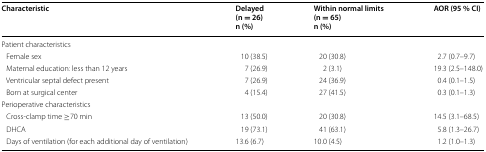
| Characteristic | Delayed(n = 26)n (%) | Within normal limits(n = 65)n (%) | AOR (95 % CI) |
 | --- | --- | --- | --- |
 | <COLSPAN=4> Patient characteristics |
 | Female sex | 10 (38.5) | 20 (30.8) | 2.7 (0.7–9.7) |
 | Maternal education: less than 12 years | 7 (26.9) | 2 (3.1) | 19.3 (2.5–148.0) |
 | Ventricular septal defect present | 7 (26.9) | 24 (36.9) | 0.4 (0.1–1.5) |
 | Born at surgical center | 4 (15.4) | 27 (41.5) | 0.3 (0.1–1.3) |
 | <COLSPAN=4> Perioperative characteristics |
 | Cross-clamp time ≥70 min | 13 (50.0) | 20 (30.8) | 14.5 (3.1–68.5) |
 | DHCA | 19 (73.1) | 41 (63.1) | 5.8 (1.3–26.7) |
 | Days of ventilation (for each additional day of ventilation) | 13.6 (6.7) | 10.0 (4.5) | 1.2 (1.0–1.3) |